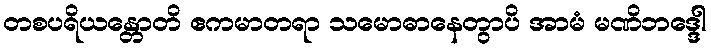
တစပရိယန္တောတိ ဧကမာတရာ သမောဓာနေတွာပိ အာမံ မဏိဘဒ္ဒေါ